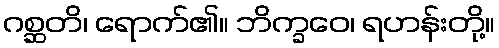
ဂစ္ဆတိ၊ ရောက်၏။ ဘိက္ခဝေ၊ ရဟန်းတို့။